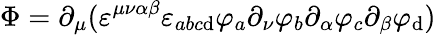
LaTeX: \Phi=\partial_{\mu}(\varepsilon^{\mu\nu\alpha\beta}\varepsilon_{abc\mathrm{d}}\varphi_{a}\partial_{\nu}\varphi_{b}\partial_{\alpha}\varphi_{c}\partial_{\beta}\varphi_{\mathrm{d}})